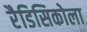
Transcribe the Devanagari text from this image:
रैडिसिकोला